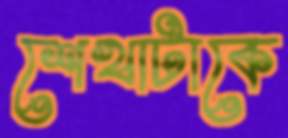
শেখাটাকে